Newspaper: The daily morning Astorian. [volume]
Place of publication: Astoria, Oregon
Date: 1890-12-08 00:00:00
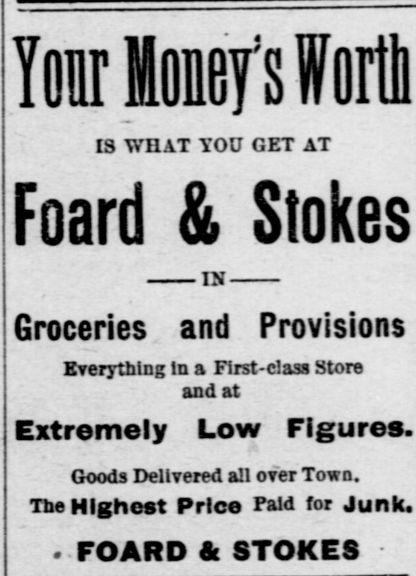
Advertisement text (OCR):
loir loners ffoffl IS WHAT YOU GET AT Foard & Stokes IN- and Groceries Provisions Everything In a First-class Store and at Extremely Low Figures. Goods Delivered all over Town. Tbe Highest Price Paid for Junk. - FOARD & STOKES
Label: text-only